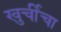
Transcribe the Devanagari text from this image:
खुर्चीचा